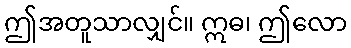
ဤအတူသာလျှင်။ ဣဓ၊ ဤလော